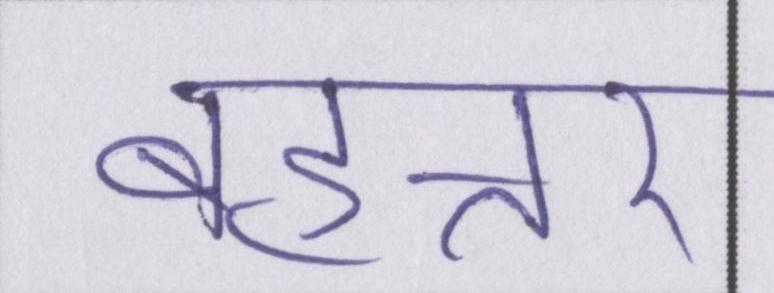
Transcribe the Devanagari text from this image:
बहत्तर